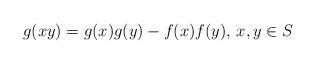
LaTeX: \begin{align*}g(xy)=g(x)g(y)-f(x)f(y),\,x,y \in S\end{align*}